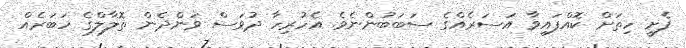
ފެށީ ހިތަށް ކޮއްފައިވާ އަސަރެއްގެ ސަބަބުންނެވެ. އެހުރިހާ ދުވަސް ވަންދެން ތޮލާލްގެ ހަބަރެއް